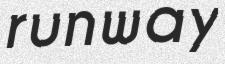
runway